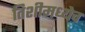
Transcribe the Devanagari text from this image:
तिशीमध्येच